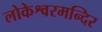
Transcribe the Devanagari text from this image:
लोकेश्वरमन्दिर